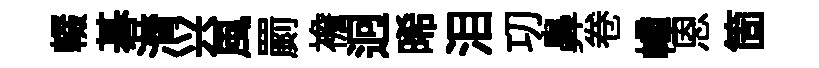
輟碁潸兴風罽襜迥晞泪㓛鼻卷幢恩箇